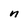
Character: n